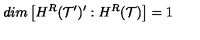
d i m \left[ H ^ { R } ( { \cal T } ^ { \prime } ) ^ { \prime } : H ^ { R } ( { \cal T } ) \right] = 1